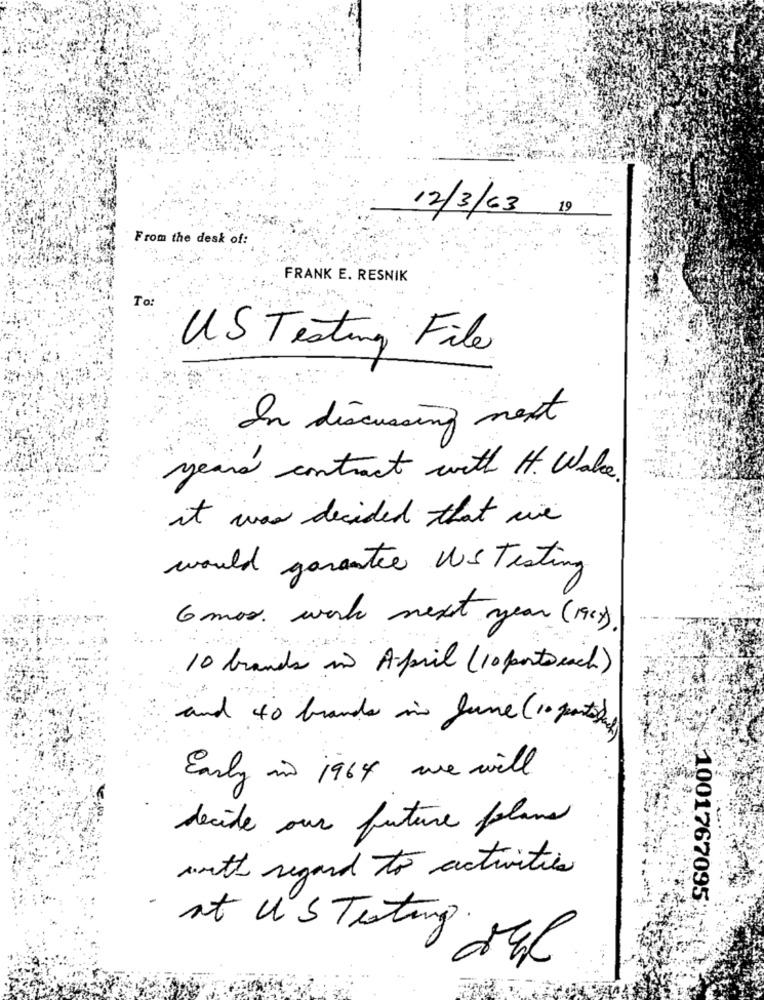
12/3/63
19
From the desk of:
FRANK E. RESNIK
To:
US Testing File
In discussing next
years contract with H. Walce.
it was decided that we
would garantie ws Testing
6 mos work next year (194)
10 brands in April (10 porto each)
and 40 brands in June (10 parts)
Early in 1964 we will
decide our future plans
with regard to activities
1001767095
-
at US Testing.